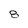
Character: 8